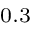
_ { 0 . 3 }